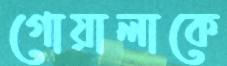
গোয়ালাকে